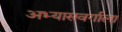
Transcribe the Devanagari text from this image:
अभ्यासवर्गाला